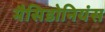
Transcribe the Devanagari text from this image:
मैसिडोनियंस